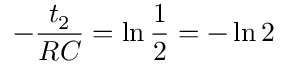
- \frac { t _ { 2 } } { R C } = \ln \frac { 1 } { 2 } = - \ln 2